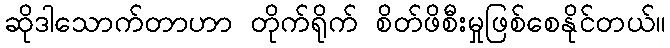
ဆိုဒါသောက်တာဟာ တိုက်ရိုက် စိတ်ဖိစီးမှုဖြစ်စေနိုင်တယ်။